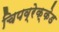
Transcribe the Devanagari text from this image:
चिपव्रेक्केड